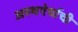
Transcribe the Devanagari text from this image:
अस्थऐर्याची